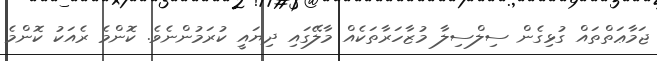
ޖަމާޢަތްތައް ގުޅިގެން ސިލްސިލާ މުޒާހަރާތަކެއް މާލޭގައި ދިޔައީ ކުރަމުންނެވެ. ކޮންމެ ރެއަކު ކޮންމެ